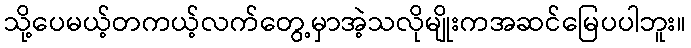
သို့ပေမယ့်တကယ့်လက်တွေ့မှာအဲ့သလိုမျိုးကအဆင်မြေပပါဘူး။